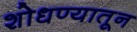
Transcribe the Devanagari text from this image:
शोधण्यातून